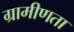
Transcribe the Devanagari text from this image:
ग्रामीणता